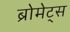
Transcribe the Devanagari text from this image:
ब्रोमेट्स